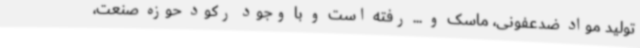
تولید مواد ضدعفونی، ماسک و ... رفته است و با وجود رکود حوزه صنعت،